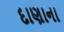
દાણાના